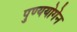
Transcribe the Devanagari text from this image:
पुण्ययोगेन